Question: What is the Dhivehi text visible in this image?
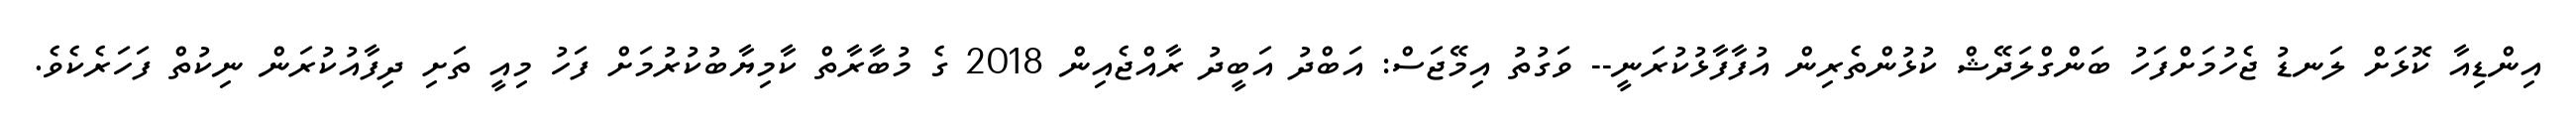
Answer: އިންޑިއާ ކޮޅަށް ލަނޑު ޖެހުމަށްފަހު ބަންގްލަދޭޝް ކުޅުންތެރިން އުފާފާޅުކުރަނީ-- ވަގުތު އިމޭޖަސް: އަބްދު އަބީދު ރާއްޖެއިން 2018 ގެ މުބާރާތް ކާމިޔާބުކުރުމަށް ފަހު މިއީ ތަށި ދިފާއުކުރަން ނިކުތް ފަހަރެކެވެ.